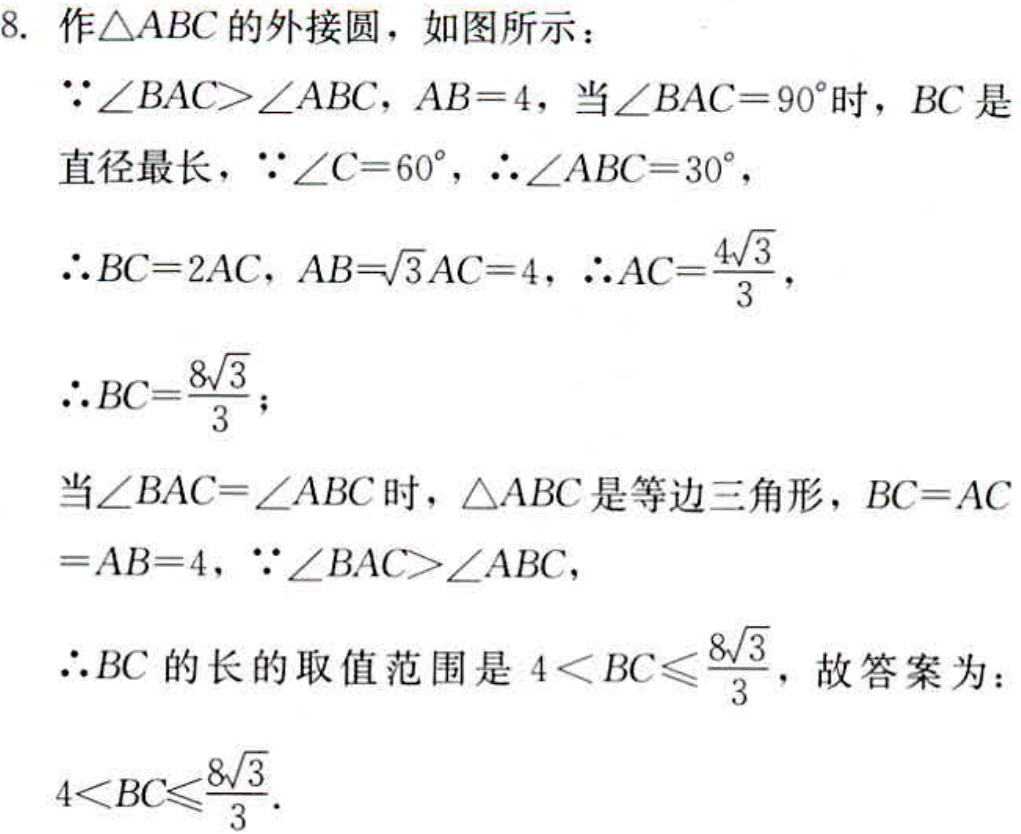
8. 作\(\triangle ABC\)的外接圆，如图所示：
\(\because\angle BAC>\angle ABC\)，\(AB = 4\)，当\(\angle BAC = 90^{\circ}\)时，\(BC\)是直径最长，\(\because\angle C = 60^{\circ}\)，\(\therefore\angle ABC = 30^{\circ}\)，
\(\therefore BC = 2AC\)，\(AB=\sqrt{3}AC = 4\)，\(\therefore AC=\frac{4\sqrt{3}}{3}\)，
\(\therefore BC=\frac{8\sqrt{3}}{3}\)；
当\(\angle BAC=\angle ABC\)时，\(\triangle ABC\)是等边三角形，\(BC = AC=AB = 4\)，\(\because\angle BAC>\angle ABC\)，
\(\therefore BC\)的长的取值范围是\(4 < BC\leqslant\frac{8\sqrt{3}}{3}\)，故答案为：
\(4 < BC\leqslant\frac{8\sqrt{3}}{3}\).